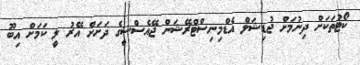
ކޯޓުތަކަށް ދިނުމަށް ޖުޑިޝަލް އެޑްމިނިސްޓްރޭޝަން ޖޭއެސްސީގެ ދަށަށް އޭރު ލީ ކަމަށް އިބޫ